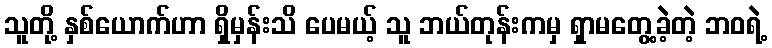
သူတို့ နှစ်ယောက်ဟာ ရှိမှန်းသိ ပေမယ့် သူ ဘယ်တုန်းကမှ ရှာမတွေ့ခဲ့တဲ့ ဘဝရဲ့